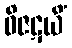
ဝိဇဋယိံ